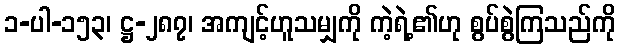
၁-ပါ-၁၅၃၊ ဋ္ဌ-၂၈၇၊ အကျင့်ဟူသမျှကို ကဲ့ရဲ့၏ဟု စွပ်စွဲကြသည်ကို